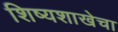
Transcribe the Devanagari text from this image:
शिष्यशाखेचा